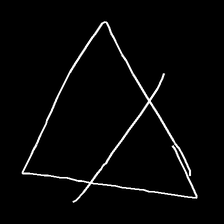
Glyph: empower